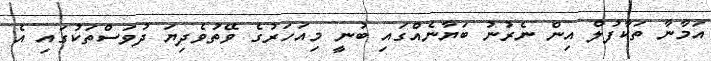
އަމާނާ ތަކާފުލް އިން ނެރުނު ބަޔާނެއްގައި ބުނީ މިއަހަރުގެ ވޭތުވެދިޔަ ދުވަސްތަކުގައި އެ